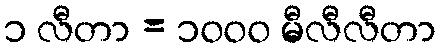
၁ လီတာ = ၁၀၀၀ မီလီလီတာ